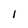
Character: 1